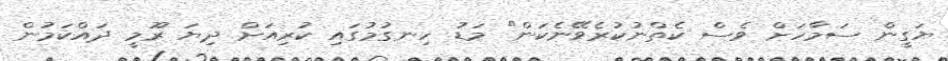
ޔަގީން ސަމާހަށް ވެސް ކެތްނުކުރެވޭނެކަން" މަޑު ހިނގުމުގައި ކުރިއަށް ދިޔަ ރޫމީ ދައްކަމުން